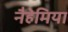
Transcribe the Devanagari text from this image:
नैहेमिया